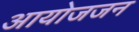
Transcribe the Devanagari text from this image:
आयोजजन